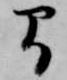
間